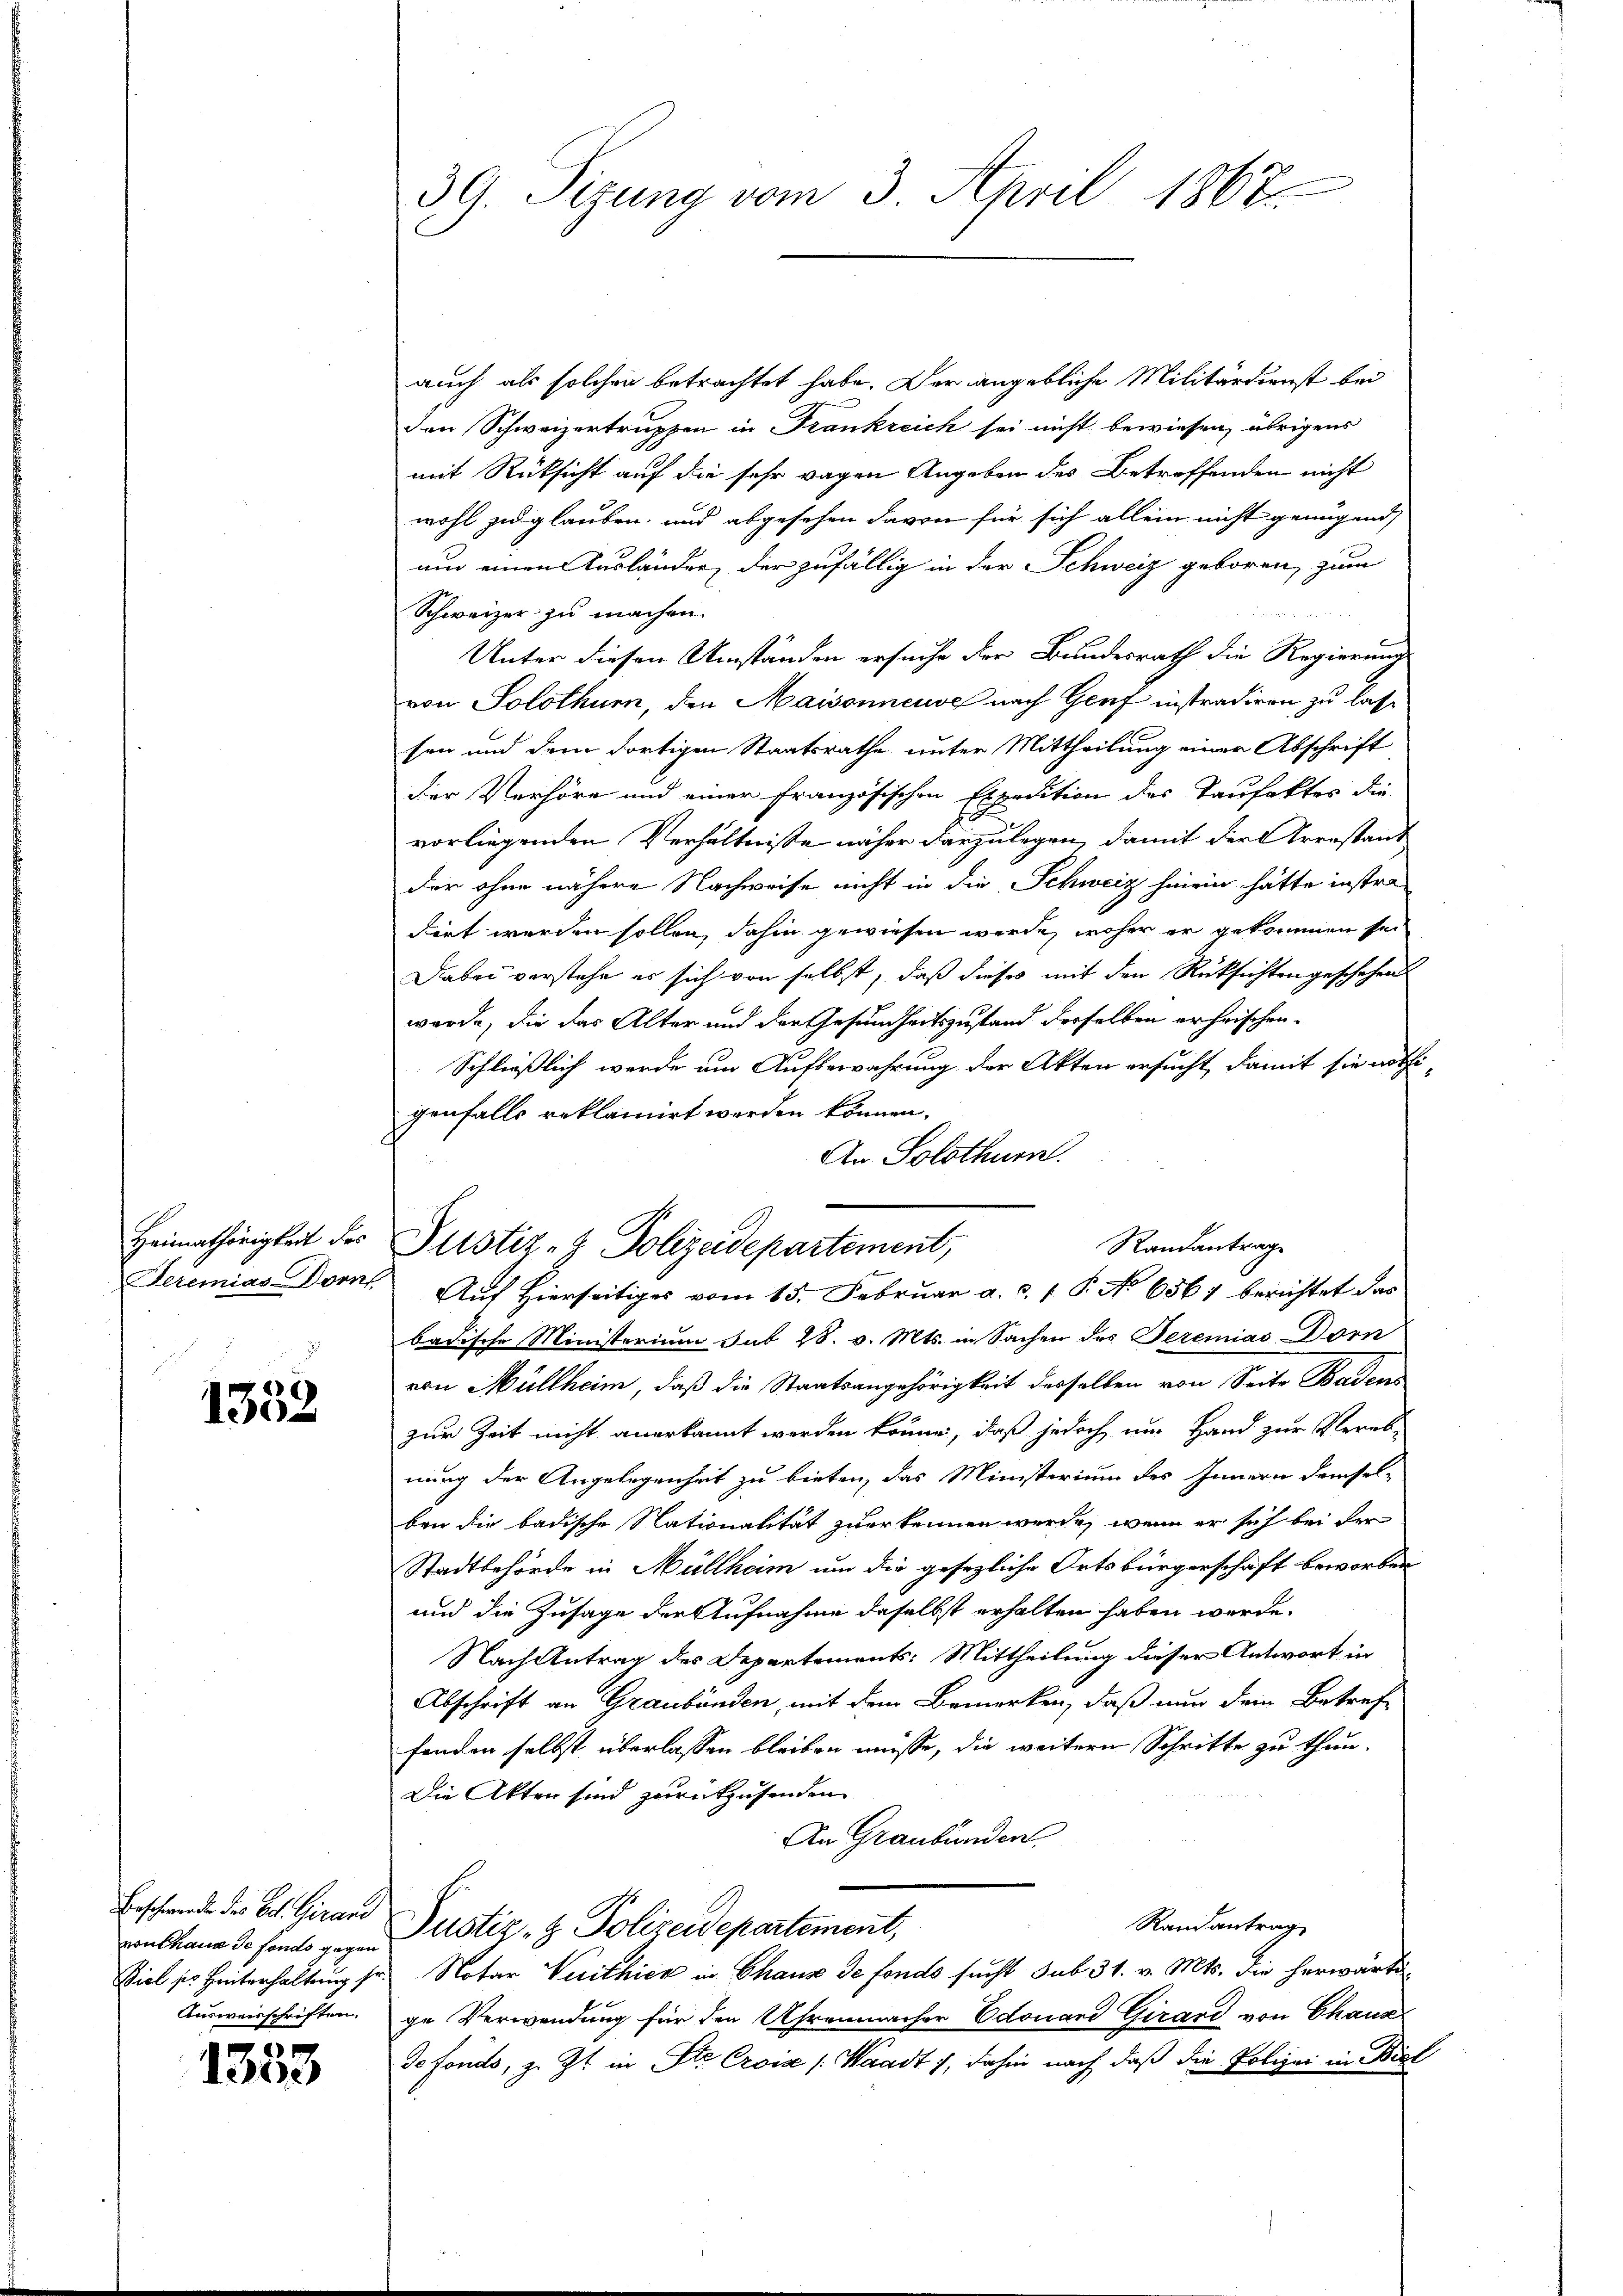
Heimathörigkeit des
Teremias Dorn

1352

Beschwerde des Col. Girard
non thaus de fondo gegen
Ausweisschriften.

1353

3G. Sizung vom 3. Maril 1867

auch als solchen betrachtet habe. Der angebliche Militärdienst bei
Den Schweizertruppen in Frankreich sei nicht bewiesen, übrigens
mit Rücksicht auf die sehr wagen Angeben des Betreffenden nicht
wohl zu glauben, und abgesehen davon für sich allein nicht genügend
und einen Ausländer, der zufällig in der Schweiz geboren, zum
Schweizer zu machen.
Unter diesen Umständen ersuche der Bundesrath die Regierung
von Solothur, den Maisonneuve nach Genf instradiren zu lasse
sen und dem dortigen Staatsrathe unter Mittheilung einer Abschrift
der Verhöre und einer französischen Expedition der Taufakter die
vorliegenden Verhältnisse näher darzulegen, damit der Arenstand
der ohne nähere Nachweise nicht in die Schweiz hinein hätte instra-
dirt werden sollen, dahin gewiesen werde, woher er gekommen sei
Dabei verstehe es sich von selbst, daß dieses mit den Rüksichten geschehen
werde, die das Alter und der Gesundheitszustand derselben erheischen¬
Schließlich werde um Aufbewahrung der Akten ersucht, damit sie nöthi-
genfalls reklamirt werden können.
An Solothurn.
7. Auf Hierseitiges vom 15. Februar a. c. P. No 6567 berichtet das
badische Ministerium sub 28. v. Mts. in Sachen des Seremias Dorn
von Müllheim, daß die Staatsangehörigkeit desselben von Seite Baden
zur Zeit nicht anerkannt werden könne, daß jedoch um Hand zur Verab-
nung der Angelegenheit zu bieten, das Ministerium des Innern demsel-
ben die badische Nationalität zuerkennen werde, wenn er sich bei der
Stadtbehörde in Müllheim um die gesezliche Ortsbürgerschaft beworben
und die Zusage der Aufnahme daselbst erhalten haben werde.
Nach Antrag des Departements: Mittheilung dieser Antwort in
Abschrift an Graubünden, mit dem Bemerken, daß nur dein Betref-
fanden selbst überlassen bleiben müsse, die weitern Schritte zu thun.
Die Akten sind zurückzusenden
An Graubünden
Randantrag
Justiz- & Polizeidepartement,
Viel ser Hinterhaltung sr. Notar Verthier in Chaux de fondo sucht sub 31. v. Mts. die herwärtige Verwendung für den Uhrenmacher Edouard Girard von Chaux
Je fonds, z. Zt. in Ste Crois (Waadt, dahin nach daß die Polizei in Biel

Randantrage
Justiz- & Polizeidepartement,